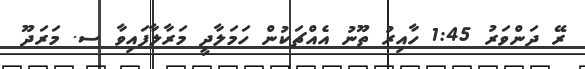
ރޭ ދަންވަރު 1:45 ހާއިރު ތޫނު އެއްޗަކުން ހަމަލާދީ މަރާލާފައިވާ ސ. މަރަދޫ